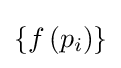
\left\{f\left(p_{i}\right)\right\}